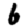
Digit: 6